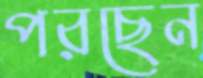
পরছেন